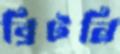
ব্রিটনি